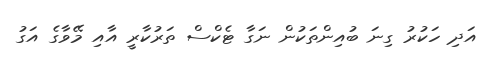
އަދި ހަކުރު ގިނަ ބުއިންތަކުން ނަގާ ޓެކްސް ތަރުކާރީ އާއި މޭވާގެ އަގު